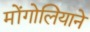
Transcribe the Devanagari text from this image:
मोंगोलियाने